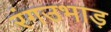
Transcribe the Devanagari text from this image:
रंगउभाड़